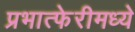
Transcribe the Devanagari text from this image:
प्रभात्फेरीमध्ये